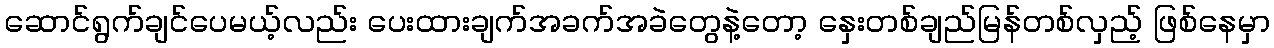
ဆောင်ရွက်ချင်ပေမယ့်လည်း ပေးထားချက်အခက်အခဲတွေနဲ့တော့ နှေးတစ်ချည်မြန်တစ်လှည့် ဖြစ်နေမှာ